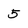
Character: 5